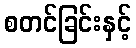
စတင်ခြင်းနှင့်